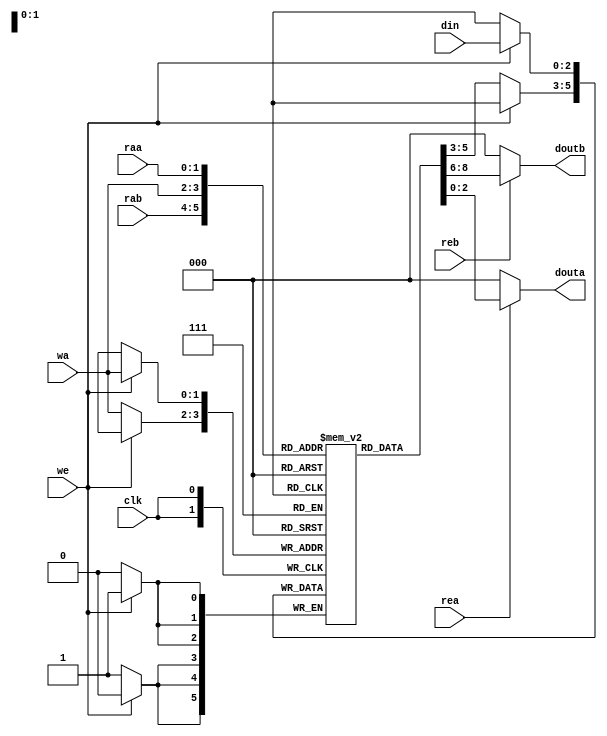
module Calc_RF(clk, rea, reb, raa, rab, we, wa, din, douta, doutb); 
    input clk, rea, reb, we; 
    input [1:0] raa, rab, wa; 
    input [2:0] din;    
    output reg [2:0] douta, doutb; 
           reg [2:0] RegFile [3:0]; 
always @(rea, reb, raa, rab) 
    begin  
        if (rea)   douta = RegFile[raa];  
        else douta = 3'b000;  
        if (reb)   doutb = RegFile[rab];  
        else doutb = 3'b000; 
    end 
always@(posedge clk) 
    begin  
        if (we)   RegFile[wa] <= din;  
        else   RegFile[wa] <= RegFile[wa]; 
    end 
endmodule